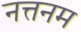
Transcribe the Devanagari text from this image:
नत्तनम